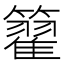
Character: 籊